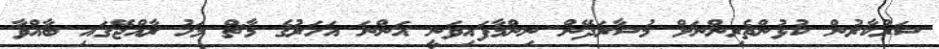
ސަރުކާރުން ކުޅުންތެރިންނަށް މުސާރަދޭން ނިންމާފައިވަނީ އަންނަ އަހަރުގެ މާޗް މަހު ރާއްޖޭގައި ބާއްވާ